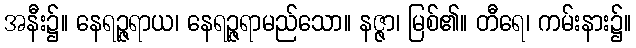
အနီး၌။ နေရဉ္ဇရာယ၊ နေရဉ္ဇရာမည်သော။ နဇ္ဇာ၊ မြစ်၏။ တီရေ၊ ကမ်းနား၌။